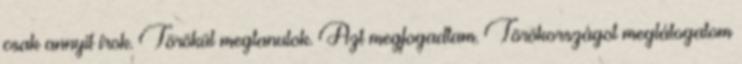
csak annyit írok. Törökül megtanulok. Azt megfogadtam. Törökországot meglátogatom